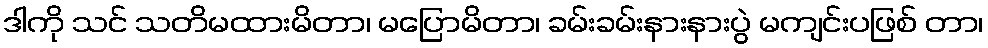
ဒါကို သင် သတိမထားမိတာ၊ မပြောမိတာ၊ ခမ်းခမ်းနားနားပွဲ မကျင်းပဖြစ် တာ၊